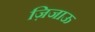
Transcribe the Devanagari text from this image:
ज़िजाऊ